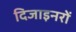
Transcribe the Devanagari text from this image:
दिजाइनरों